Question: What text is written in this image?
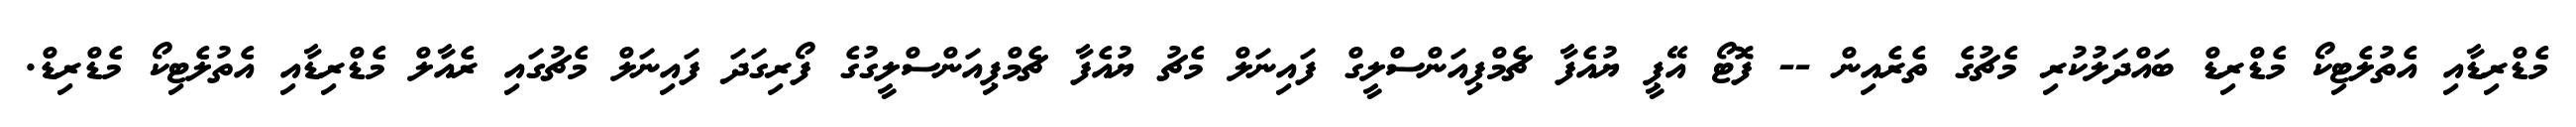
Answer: މެޑްރިޑާއި އެތުލެޓިކޯ މެޑްރިޑް ބައްދަލުކުރި މެޗުގެ ތެރެއިން -- ފޮޓޯ އޭޕީ ޔުއެފާ ޗެމްޕިއަންސްލީގް ފައިނަލް މެޗު ޔުއެފާ ޗެމްޕިއަންސްލީގުގެ ފޯރިގަދަ ފައިނަލް މެޗުގައި ރެއާލް މެޑްރިޑާއި އެތުލެޓިކޯ މެޑްރިޑް.